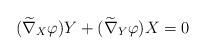
LaTeX: \begin{align*}(\widetilde{\nabla}_X \varphi)Y+(\widetilde{\nabla}_Y\varphi)X=0\end{align*}